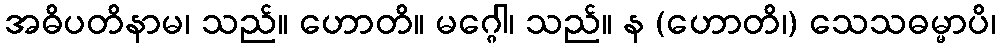
အဓိပတိနာမ၊ သည်။ ဟောတိ။ မဂ္ဂေါ၊ သည်။ န (ဟောတိ၊) သေသဓမ္မာပိ၊